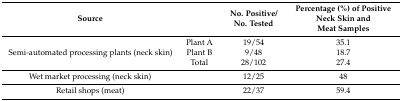
<table><thead><tr><td><b>Source</b></td><td></td><td><b>No. Positive/No. Tested</b></td><td><b>Percentage (%) of Positive Neck Skin and Meat Samples </b></td></tr></thead><tbody><tr><td rowspan="3">Semi-automated processing plants (neck skin)</td><td>Plant A</td><td>19/54</td><td>35.1</td></tr><tr><td>Plant B</td><td>9/48</td><td>18.7</td></tr><tr><td>Total</td><td>28/102</td><td>27.4</td></tr><tr><td>Wet market processing (neck skin)</td><td></td><td>12/25</td><td>48</td></tr><tr><td>Retail shops (meat)</td><td></td><td>22/37</td><td>59.4</td></tr></tbody></table>